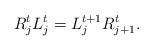
LaTeX: \begin{align*}R_j^tL_j^t=L_j^{t+1}R_{j+1}^{t}.\end{align*}